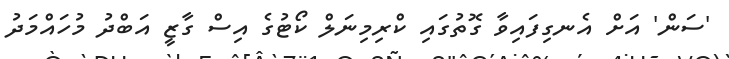
'ސަން' އަށް އެނގިފައިވާ ގޮތުގައި ކްރިމިނަލް ކޯޓުގެ އިސް ގާޒީ އަބްދު މުހައްމަދު